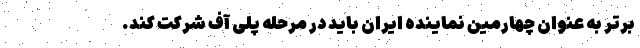
برتر به عنوان چهارمین نماینده ایران باید در مرحله پلی آف شرکت کند.